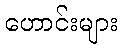
ဟောင်းများ